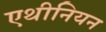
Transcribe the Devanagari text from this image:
एथीनियन